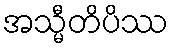
အသ္မီတိပိဿ